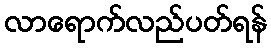
လာရောက်လည်ပတ်ရန်